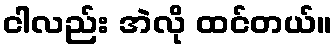
ငါလည်း အဲလို ထင်တယ်။